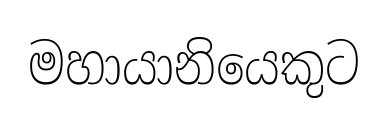
මහායානියෙකුට